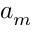
a _ { m }